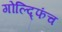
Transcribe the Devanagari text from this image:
गोल्द्फिंच